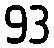
93